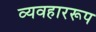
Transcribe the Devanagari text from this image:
व्यवहाररूप